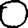
Digit: 0